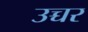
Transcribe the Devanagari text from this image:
उच्चर